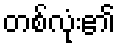
တစ်လုံး၏